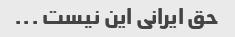
حق ایرانی این نیست ...